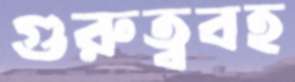
গুরুত্ববহ